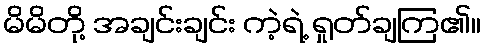
မိမိတို့ အချင်းချင်း ကဲ့ရဲ့ ရှုတ်ချကြ၏။